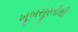
ખૂબસૂરતીથી